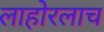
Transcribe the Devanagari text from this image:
लाहोरलाच